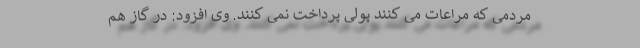
مردمی که مراعات می کنند پولی پرداخت نمی کنند. وی افزود: در گاز هم